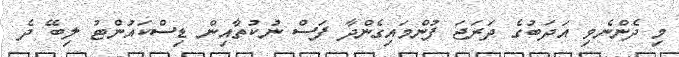
މި ދެންނެވި އަދަބުގެ ދަރަޖަ ފުންމައިގެންދާ ފަސް ނުކުތާއިން ޑިސްކައުންޓު ލިބޭ ދެ